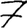
Digit: 7